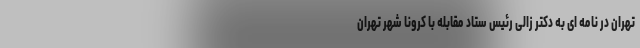
تهران در نامه ای به دکتر زالی رئیس ستاد مقابله با کرونا شهر تهران